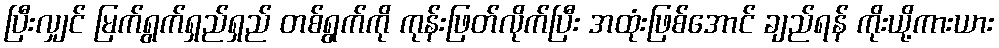
ပြီးလျှင် မြက်ရွက်ရှည်ရှည် တစ်ရွက်ကို ကုန်းဖြတ်လိုက်ပြီး အထုံးဖြစ်အောင် ချည်ရန် ကိုးယို့ကားယား